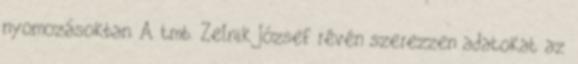
nyomozásokban. A tmb. Zelnik József révén szerezzen adatokat az